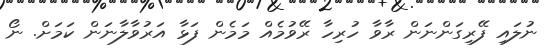
ނުލައި ފޭރިގަންނަން ރާވާ ހުރިހާ ރޭވުމެއް މަމެން ފަޅާ އަރުވާލާނަން ކަމަށް. ނޯ